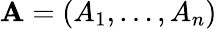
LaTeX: \mathbf{A}=(A_{1},\ldots,A_{n})